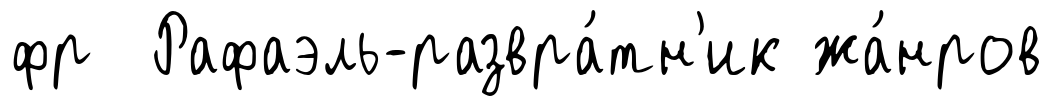
фр Рафаэль-развра́тн'ик жа́нров